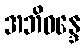
အဘိဝန္ဒေ